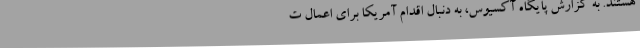
هستند. به گزارش پایگاه آکسیوس، به دنبال اقدام آمریکا برای اعمال ت